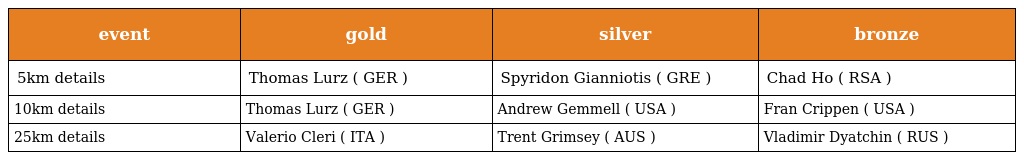
| event | gold | silver | bronze |
 | --- | --- | --- | --- |
 | 5km details | Thomas Lurz ( GER ) | Spyridon Gianniotis ( GRE ) | Chad Ho ( RSA ) |
 | 10km details | Thomas Lurz ( GER ) | Andrew Gemmell ( USA ) | Fran Crippen ( USA ) |
 | 25km details | Valerio Cleri ( ITA ) | Trent Grimsey ( AUS ) | Vladimir Dyatchin ( RUS ) |